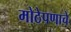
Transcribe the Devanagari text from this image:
मोठेपणाचे